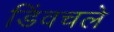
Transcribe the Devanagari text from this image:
डिंवचले